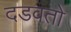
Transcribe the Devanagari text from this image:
दडवतो